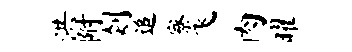
洪附剡追寮飞肉曜